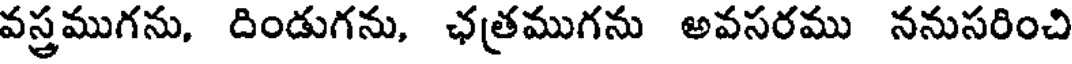
వస్త్రముగను, దిండుగను, ఛత్రముగను అవసరము ననుసరించి